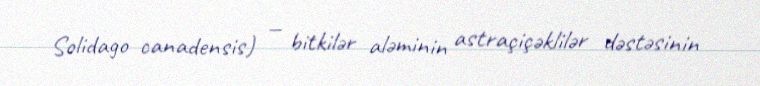
Solidago canadensis) — bitkilər aləminin astraçiçəklilər dəstəsinin